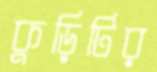
কুড়িটির